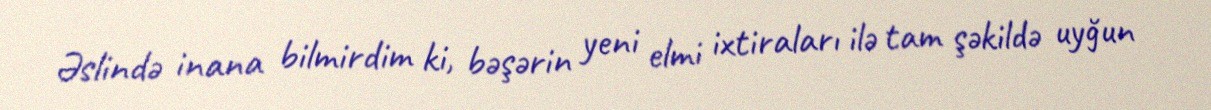
Əslində inana bilmirdim ki, bəşərin yeni elmi ixtiraları ilə tam şəkildə uyğun